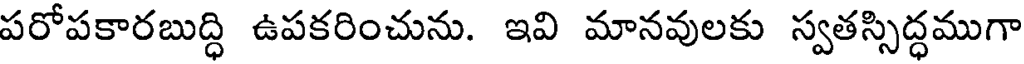
పరోపకారబుద్ధి ఉపకరించును. ఇవి మానవులకు స్వతస్సిద్ధముగా